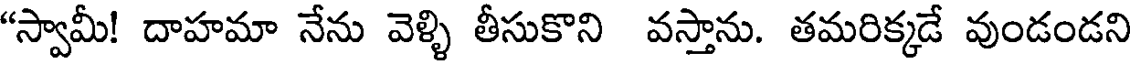
"స్వామీ! దాహమా నేను వెళ్ళి తీసుకొని వస్తాను. తమరిక్కడే వుండండని